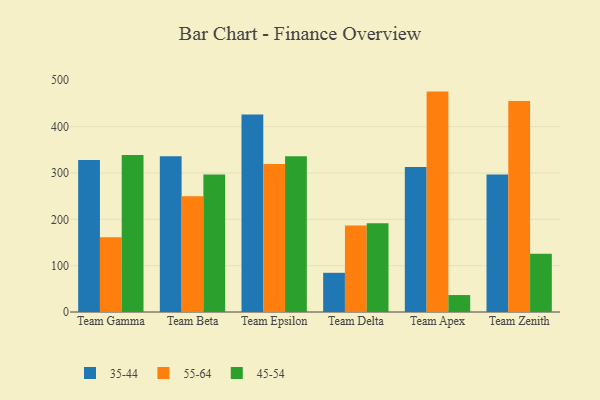
{"axis": {"x": "Team", "y": "Latency (ms)"}, "legend": ["35-44", "45-54", "55-64"], "data": [{"x": "Team Gamma", "y": 328.2, "type": "35-44"}, {"x": "Team Gamma", "y": 161.5, "type": "55-64"}, {"x": "Team Gamma", "y": 338.6, "type": "45-54"}, {"x": "Team Beta", "y": 336.0, "type": "35-44"}, {"x": "Team Beta", "y": 249.9, "type": "55-64"}, {"x": "Team Beta", "y": 296.5, "type": "45-54"}, {"x": "Team Epsilon", "y": 426.2, "type": "35-44"}, {"x": "Team Epsilon", "y": 319.2, "type": "55-64"}, {"x": "Team Epsilon", "y": 336.2, "type": "45-54"}, {"x": "Team Delta", "y": 84.6, "type": "35-44"}, {"x": "Team Delta", "y": 186.7, "type": "55-64"}, {"x": "Team Delta", "y": 191.5, "type": "45-54"}, {"x": "Team Apex", "y": 312.9, "type": "35-44"}, {"x": "Team Apex", "y": 475.6, "type": "55-64"}, {"x": "Team Apex", "y": 36.6, "type": "45-54"}, {"x": "Team Zenith", "y": 296.7, "type": "35-44"}, {"x": "Team Zenith", "y": 455.3, "type": "55-64"}, {"x": "Team Zenith", "y": 125.7, "type": "45-54"}]}